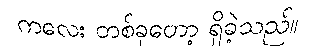
ကလေး တစ်ခုတော့ ရှိခဲ့သည်။